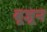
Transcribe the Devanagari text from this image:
बूजून